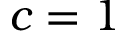
c = 1